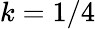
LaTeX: k=1/4